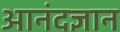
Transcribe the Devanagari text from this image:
आनंदज्ञान